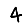
Digit: 4